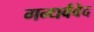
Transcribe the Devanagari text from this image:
गन्धर्ववेद